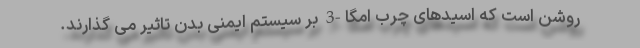
روشن است که اسیدهای چرب امگا-3 بر سیستم ایمنی بدن تاثیر می گذارند.